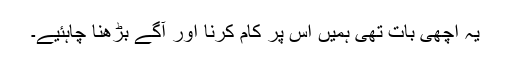
یہ اچھی بات تھی ہمیں اس پر کام کرنا اور آگے بڑھنا چاہئیے۔